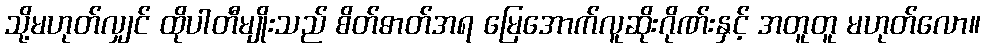
သို့မဟုတ်လျှင် ထိုပါတီမျိုးသည် စိတ်ဓာတ်အရ မြေအောက်လူဆိုးဂိုဏ်းနှင့် အတူတူ မဟုတ်လော။